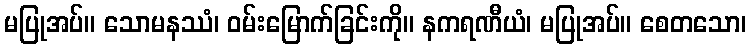
မပြုအပ်။ သောမနဿံ၊ ဝမ်းမြောက်ခြင်းကို။ နကရဏီယံ၊ မပြုအပ်။ စေတသော၊